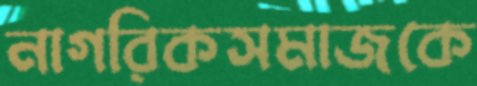
নাগরিকসমাজকে